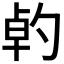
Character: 𠣳